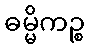
ဓမ္မိကဉ္စ